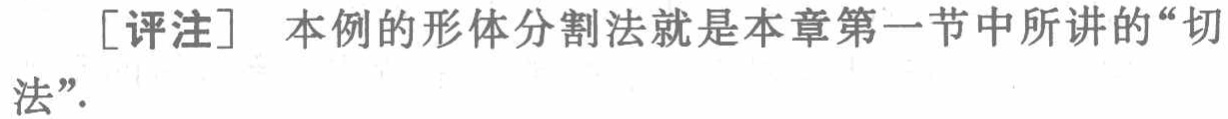
[评注] 本例的形体分割法就是本章第一节中所讲的“切法”.